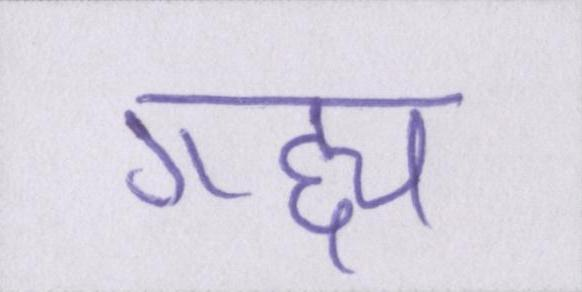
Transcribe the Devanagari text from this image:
गद्द्य